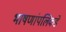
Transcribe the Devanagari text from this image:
भाषणांपलिकडे